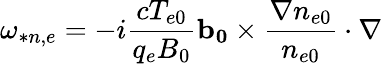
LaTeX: \omega_{*n,e}=-i\frac{cT_{e0}}{q_{e}B_{0}}\mathbf{b_{0}}\times\frac{\nabla n_{e0}}{n_{e0}}\cdot\nabla